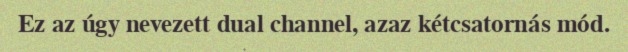
Ez az úgy nevezett dual channel, azaz kétcsatornás mód.